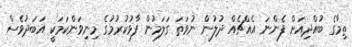
ތިމާގެ ބުއްދިއަށް ފެންނަ އެއްޗެއް ދުލުން ނުވަތަ ގަލަމުން ފާޅުކުރުމުގެ މިނިވަންކަމަކީ އަބަދުވެސް